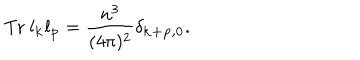
\mathrm { T r } ~ l _ { \bf k } l _ { \bf p } = \frac { n ^ { 3 } } { ( 4 \pi ) ^ { 2 } } \delta _ { \bf k + p , 0 } .